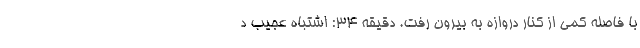
با فاصله کمی از کنار دروازه به بیرون رفت. دقیقه 34: اشتباه عجیب د